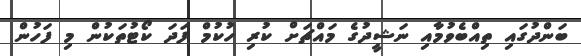
ބަންދުގައި ތިއްބެވުމާއި ނަޝީދުގެ މައްޗަށް ކުރި ހުކުމް ފަދަ ކޯޓުތަކުން މި ފަހުން